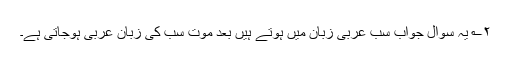
۲؎ یہ سوال جواب سب عربی زبان میں ہوتے ہیں بعد موت سب کی زبان عربی ہوجاتی ہے۔